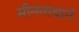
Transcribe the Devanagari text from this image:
मीननाथाने